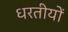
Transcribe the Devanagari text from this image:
धरतीयों